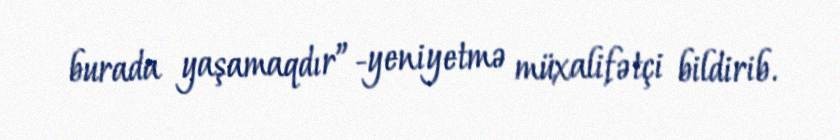
burada yaşamaqdır”-yeniyetmə müxalifətçi bildirib.